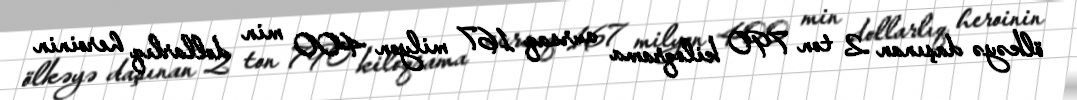
ölkəyə daşınan 2 ton 790 kiloqrama vursaq 167 milyon 400 min dollarlıq heroinin